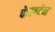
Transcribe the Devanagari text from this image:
फेलटेन